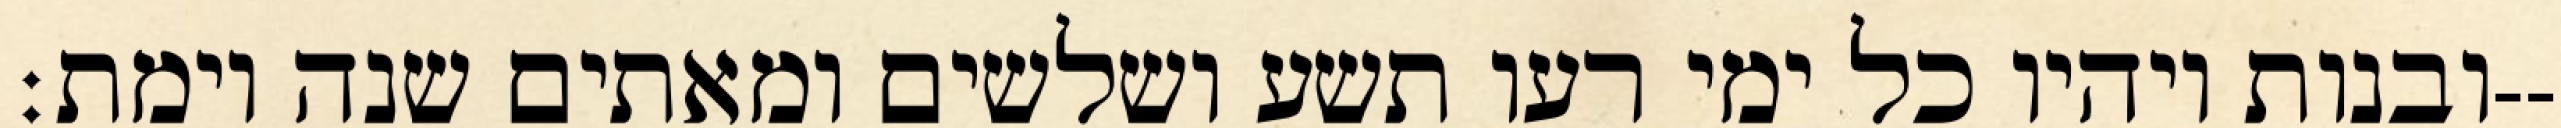
ובנות ויהיו כל ימי רעו תשע ושלשים ומאתים שנה וימת׃--